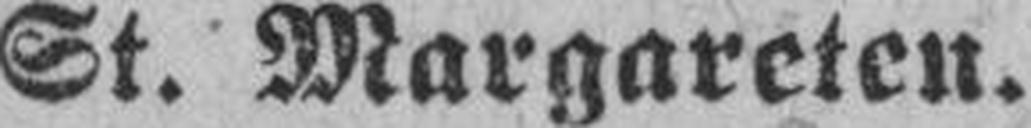
St. Margareten.